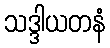
သဒ္ဒါယတနံ